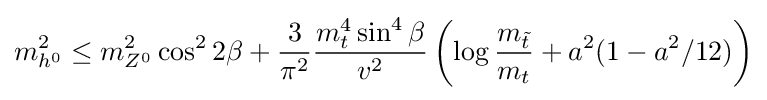
m_{h^{0}}^{2}\leq m_{Z^{0}}^{2}\cos ^{2}2\beta +{\frac {3}{\pi ^{2}}}{\frac {m_{t}^{4}\sin ^{4}\beta }{v^{2}}}\left(\log {\frac {m_{\tilde {t}}}{m_{t}}}+a^{2}(1-a^{2}/12)\right)